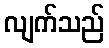
လျက်သည်